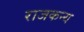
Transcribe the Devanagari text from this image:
राजकन्य